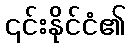
၎င်းနိုင်ငံ၏